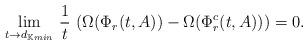
LaTeX: \begin{align*} \lim_{t\to d_{\mathbb{K}min}}\,\frac{1}{t}\,\left(\Omega(\Phi_r(t,A))-\Omega(\Phi^c_r(t,A))\right)=0. \end{align*}